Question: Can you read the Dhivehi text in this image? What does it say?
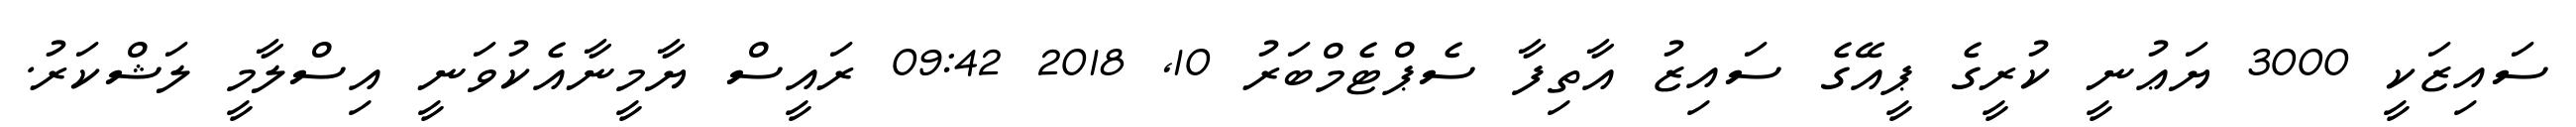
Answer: ސައިޒަކީ 3000 ޔަޢުނީ ކުރީގެ ޕީއޭގެ ސައިޒު އާތިފާ ސެޕްޓެމްބަރު 10, 2018 09:42 ރައީސް ޔާމީނާއެކުވަނީ އިސްލާމީ ލަޝްކަރު.